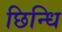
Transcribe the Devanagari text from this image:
छिन्धि